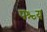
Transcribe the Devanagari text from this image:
पश्च्य